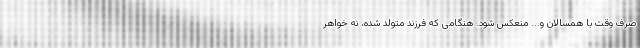
صرف وقت با همسالان و... منعکس شود. هنگامی که فرزند متولد شده، نه خواهر